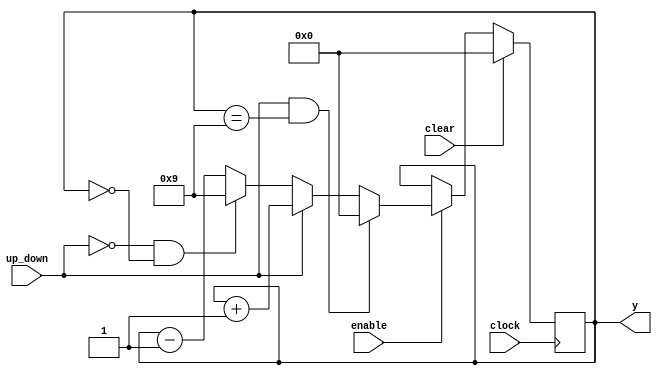
//Autorship: Ramon de Cerqueira Silva
//Description: 9 decimal counter with enable, reset, and up/down count.
module test(y,clear,enable,up_down,clock);

input clock,enable,clear,up_down;
output [3:0]y;
reg [3:0]y;

always@(posedge clock)
begin
if(clear)
  y = 4'b0;
else if(enable)
	if(up_down & y == 4'b1001)
		y = 4'b0;	
	else if(up_down)	
		y <= y + 1;	
	else if(!up_down & y == 4'b0)
		y = 4'b1001;	
	else if(!up_down)
		y <= y - 1;	
end

endmodule